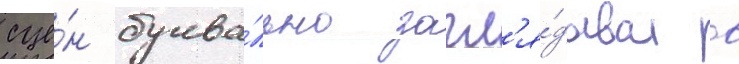
сце́н буква́льно загл'я́дывал в